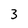
Character: 3